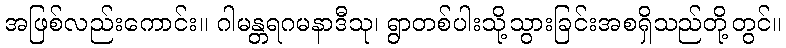
အဖြစ်လည်းကောင်း။ ဂါမန္တရဂမနာဒီသု၊ ရွာတစ်ပါးသို့သွားခြင်းအစရှိသည်တို့တွင်။